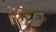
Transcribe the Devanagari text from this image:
मरगुएज़